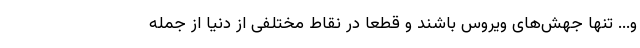
و... تنها جهش‌های ویروس باشند و قطعا در نقاط مختلفی از دنیا از جمله